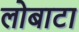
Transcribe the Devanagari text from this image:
लोबाटा